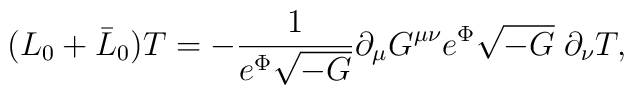
(L_0+\bar{L}_0)T=-\frac{1}{e^\Phi\sqrt{-G}}\partial_\mu G^{\mu\nu}e^\Phi\sqrt{-G}\;\partial_\nu T,